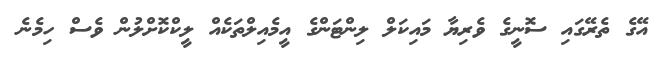
އޭގެ ތެރޭގައި ސޮނީގެ ވެރިޔާ މައިކަލް ލިންޓަންގެ އީމެއިލްތަކެއް ލީކްކޮށްލުން ވެސް ހިމެނެ